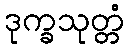
ဒုက္ခသုတ္တံ